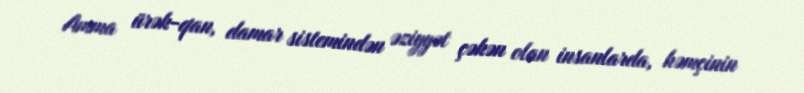
Amma ürək-qan, damar sistemindən əziyyət çəkən olan insanlarda, həmçinin